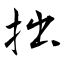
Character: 拙